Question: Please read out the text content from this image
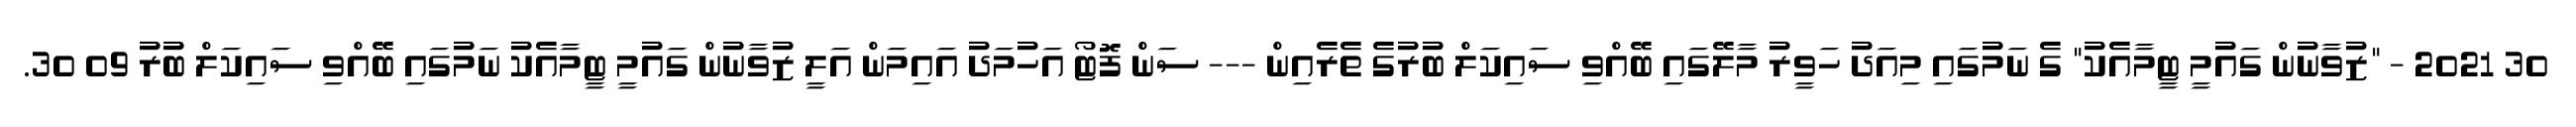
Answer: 30 2021 - "ޒުވާނުން ގައުމީ ޓީމާއެކު" ގެ ނަމުގައި މިއަދު ހަވީރު މާލޭގައި ބޭއްވި ސައިކަލް ބުރުގެ ތެރެއިން --- ސަން ފޮޓޯ އަހުމަދު އައިމަން އަލީ ޒުވާނުން ގައުމީ ޓީމާއެކު ނަމުގައި ބޭއްވި ސައިކަލް ބުރު 09 30.